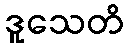
ဒူသေတိ